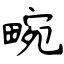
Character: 畹